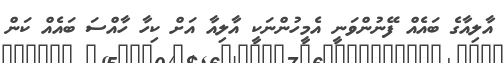
އާލިއާގެ ބައެއް ފޭނުންވަނީ އެމީހުންނަކީ އާލިއާ އަށް ކިހާ ހާއްސަ ބައެއް ކަން